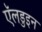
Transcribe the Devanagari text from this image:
ऍलडुइन